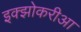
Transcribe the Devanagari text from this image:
इक्झोकरीआ